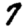
Digit: 7